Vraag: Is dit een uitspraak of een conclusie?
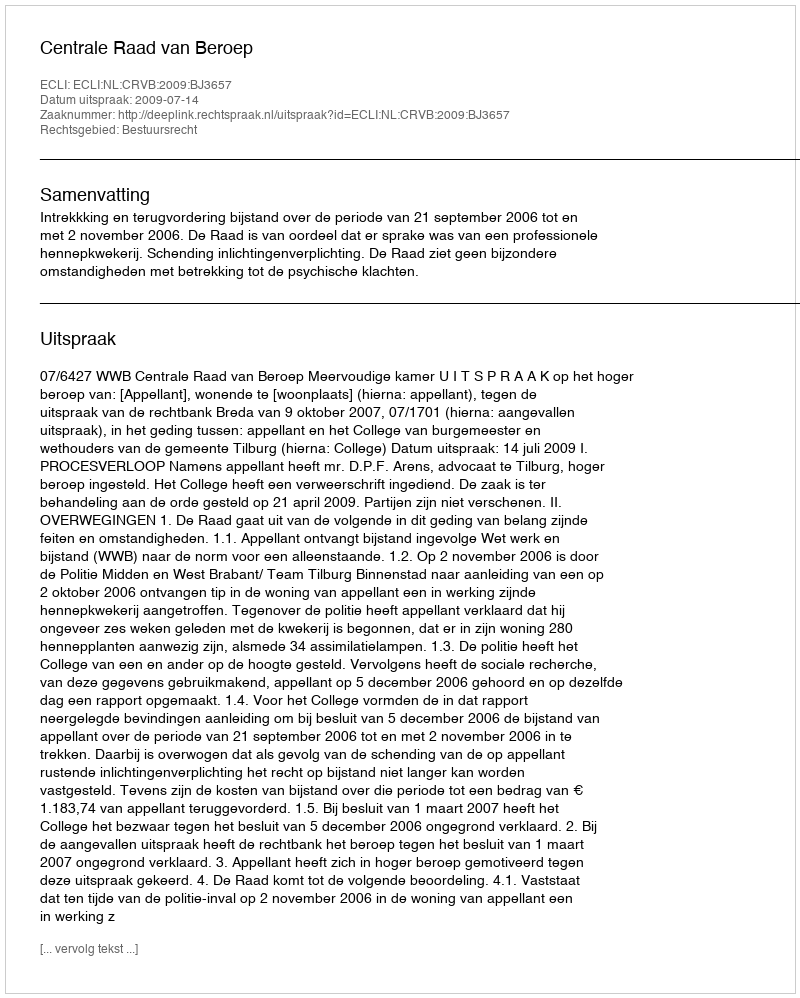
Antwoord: Uitspraak